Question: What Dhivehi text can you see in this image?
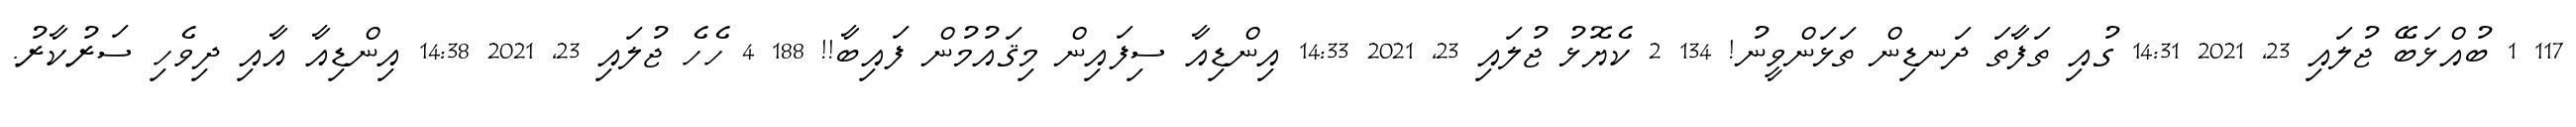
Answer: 117 1 ބުއްޅަބޭ ޖުލައި 23, 2021 14:31 ގުއި ތަފާތަ ދަނޑިން ތަޅަންވީނު! 134 2 ކެޔޮޅު ޖުލައި 23, 2021 14:33 އިންޑިއާ ސިފައިން މިޤައުމުން ފައިބާ!! 188 4 ހެހެ ޖުލައި 23, 2021 14:38 އިންޑިއާ އާއި ދިވެހި ސަރުކާރު.